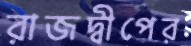
রাজদ্বীপের